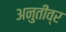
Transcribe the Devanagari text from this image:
अनुतीव्र